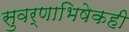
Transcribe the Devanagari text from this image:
सुवर्णाभिषेकही